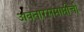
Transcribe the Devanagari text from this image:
अवतारसमाप्तीची